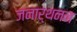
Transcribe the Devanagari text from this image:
जनार्थनन